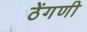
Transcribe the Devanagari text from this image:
ठेंगणी